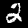
Label: 2